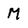
Character: M